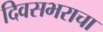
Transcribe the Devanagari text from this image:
दिवसभराचा